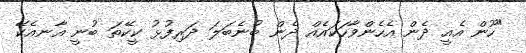
"ހޫން އެއީ ދެން އެހެންވާހަކައެއް ދެން ބުނެބަލަ ދަރިފުޅު ކީކޭތަ ބުނީ އާނއެކޭ